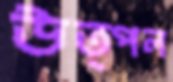
উত্পল